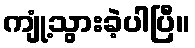
ကျုံ့သွားခဲ့ပါပြီ။